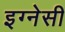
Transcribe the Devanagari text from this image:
इग्नेसी